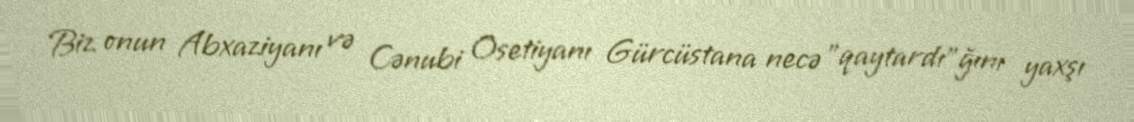
Biz onun Abxaziyanı və Cənubi Osetiyanı Gürcüstana necə "qaytardı"ğını yaxşı